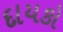
દાયકો